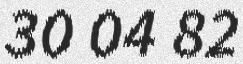
30 04 82